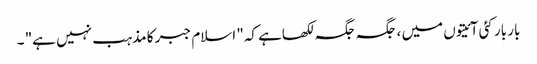
بار بار کئی آئیتوں میں ، جگہ جگہ لکھاہے کہ" اسلام جبر کا مذہب نہیں ہے" ۔